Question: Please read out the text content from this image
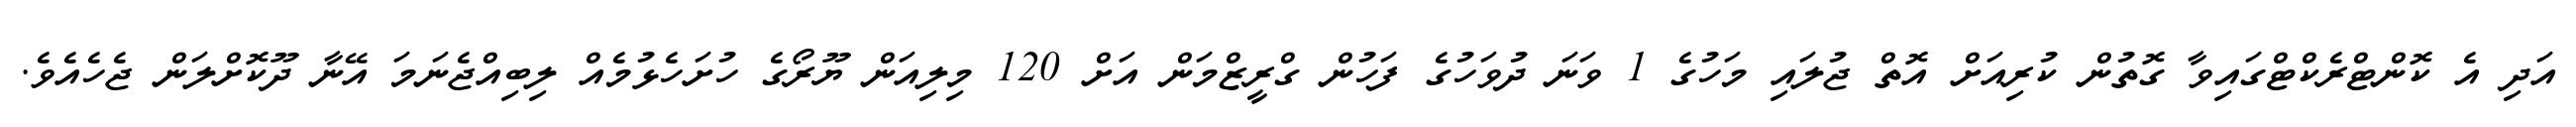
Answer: އަދި އެ ކޮންޓްރެކްޓްގައިވާ ގޮތުން ކުރިއަށް އޮތް ޖުލައި މަހުގެ 1 ވަނަ ދުވަހުގެ ފަހުން ގްރީޒްމަން އަށް 120 މިލިއަން ޔޫރޯގެ ހުށަހެޅުމެއް ލިބިއްޖެނަމަ އޭނާ ދޫކޮށްލަން ޖެހެއެވެ.